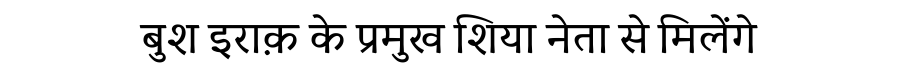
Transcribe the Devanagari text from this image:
बुश इराक़ के प्रमुख शिया नेता से मिलेंगे